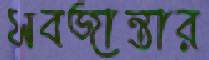
সবজান্তার